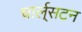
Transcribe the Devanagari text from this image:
चार्ल्‌सटन